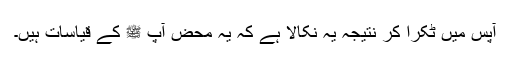
آپس میں ٹکرا کر نتیجہ یہ نکالا ہے کہ یہ محض آپ ﷺ کے قیاسات ہیں۔